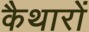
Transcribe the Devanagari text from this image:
कैथारों